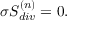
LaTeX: \sigma { \cal S } _ { d i v } ^ { ( n ) } = 0 .